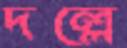
দল্লে